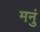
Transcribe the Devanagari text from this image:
मनुं